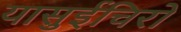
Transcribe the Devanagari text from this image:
यासुईचिरो